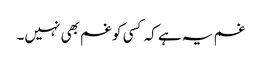
غم یہ ہے کہ کسی کو غم بھی نہیں۔